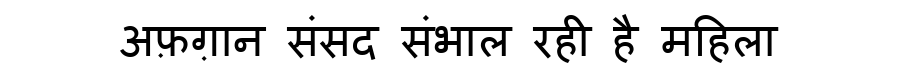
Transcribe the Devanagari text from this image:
अफ़ग़ान संसद संभाल रही है महिला